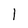
Character: 1